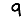
Digit: 9